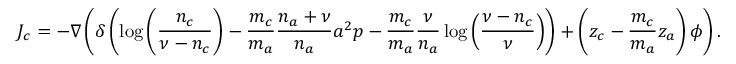
J _ { c } = - \nabla \left( \delta \left( \log { \left( \frac { n _ { c } } { \nu - n _ { c } } \right) } - \frac { m _ { c } } { m _ { a } } \frac { n _ { a } + \nu } { n _ { a } } a ^ { 2 } p - \frac { m _ { c } } { m _ { a } } \frac { \nu } { n _ { a } } \log { \left( \frac { \nu - n _ { c } } { \nu } \right) } \right) + \left( z _ { c } - \frac { m _ { c } } { m _ { a } } z _ { a } \right) \phi \right) .